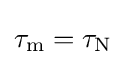
\tau _{\text{m}}=\tau _{\text{N}}